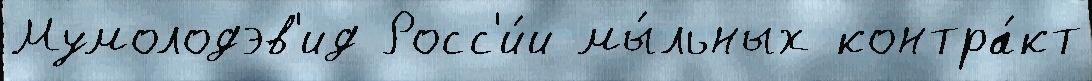
Мумолодэв'ид Росс'и́и мы́льных контра́кт